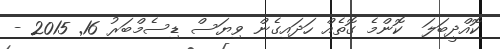
ކޮއްދީބަލަ  ކޮންމެ ގޮތެއް ހަދައިގެން ވިޔަސް ޑިސެމްބަރު 16